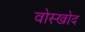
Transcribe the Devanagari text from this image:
वोस्खोद